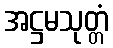
အဋ္ဌမသုတ္တံ